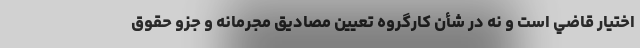
اختيار قاضي است و نه در شأن كارگروه تعيين مصاديق مجرمانه و جزو حقوق